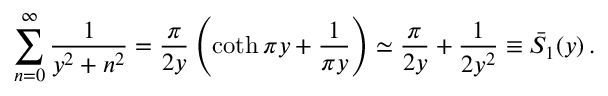
\sum _ { n = 0 } ^ { \infty } \frac { 1 } { y ^ { 2 } + n ^ { 2 } } = \frac { \pi } { 2 y } \left( \coth \pi y + \frac { 1 } { \pi y } \right) \simeq \frac { \pi } { 2 y } + \frac { 1 } { 2 y ^ { 2 } } \equiv \bar { S } _ { 1 } ( y ) \, { . }